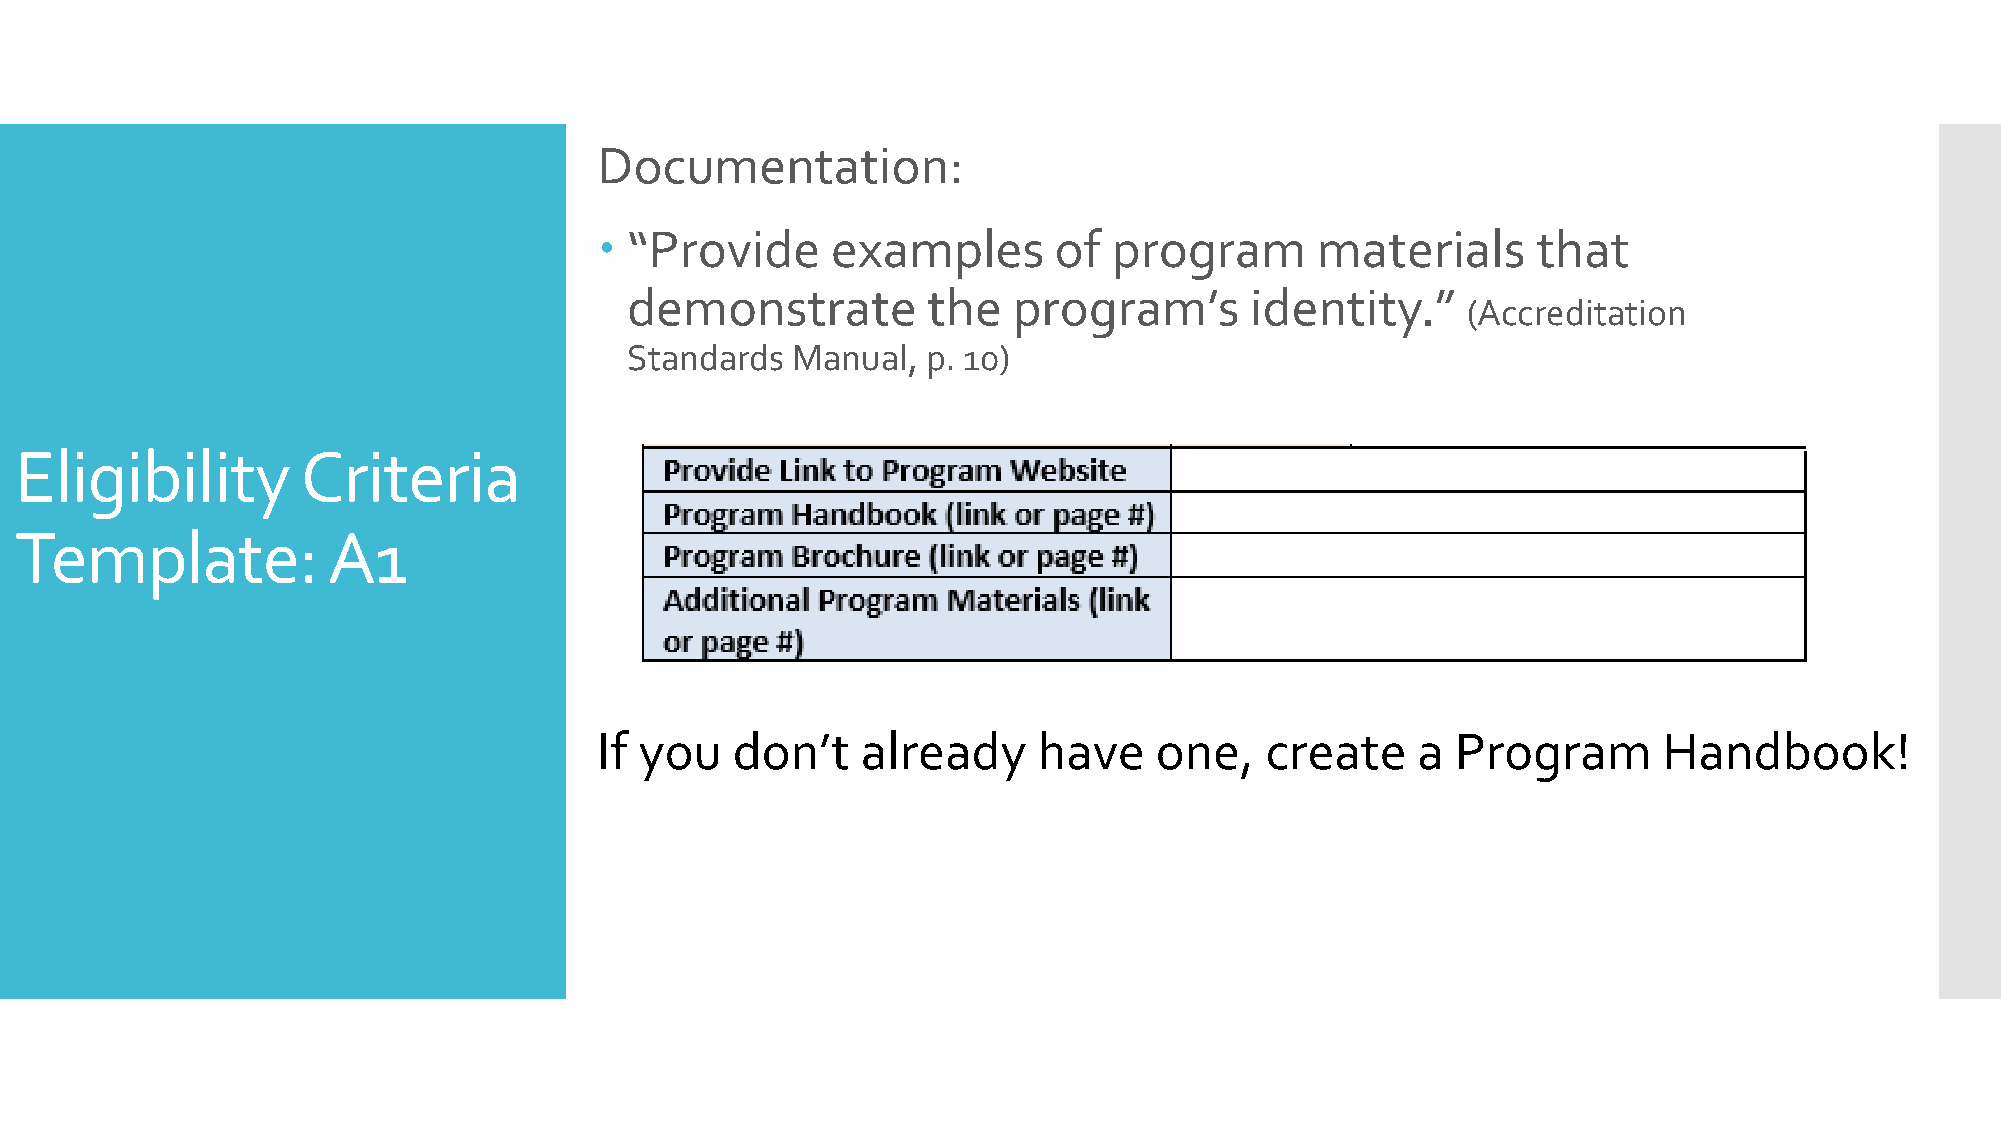
Documentation:
  “Provide     examples       of  program      materials      that
 demonstrate         the   program’s       identity.”
 (Accreditation
 Standards  Manual,  p. 10)
 Eligibility        Criteria
 Template:            A1
 If you  don’t    already     have   one,    create    a Program       Handbook!